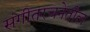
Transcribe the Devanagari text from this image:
संगीतरचनेतील